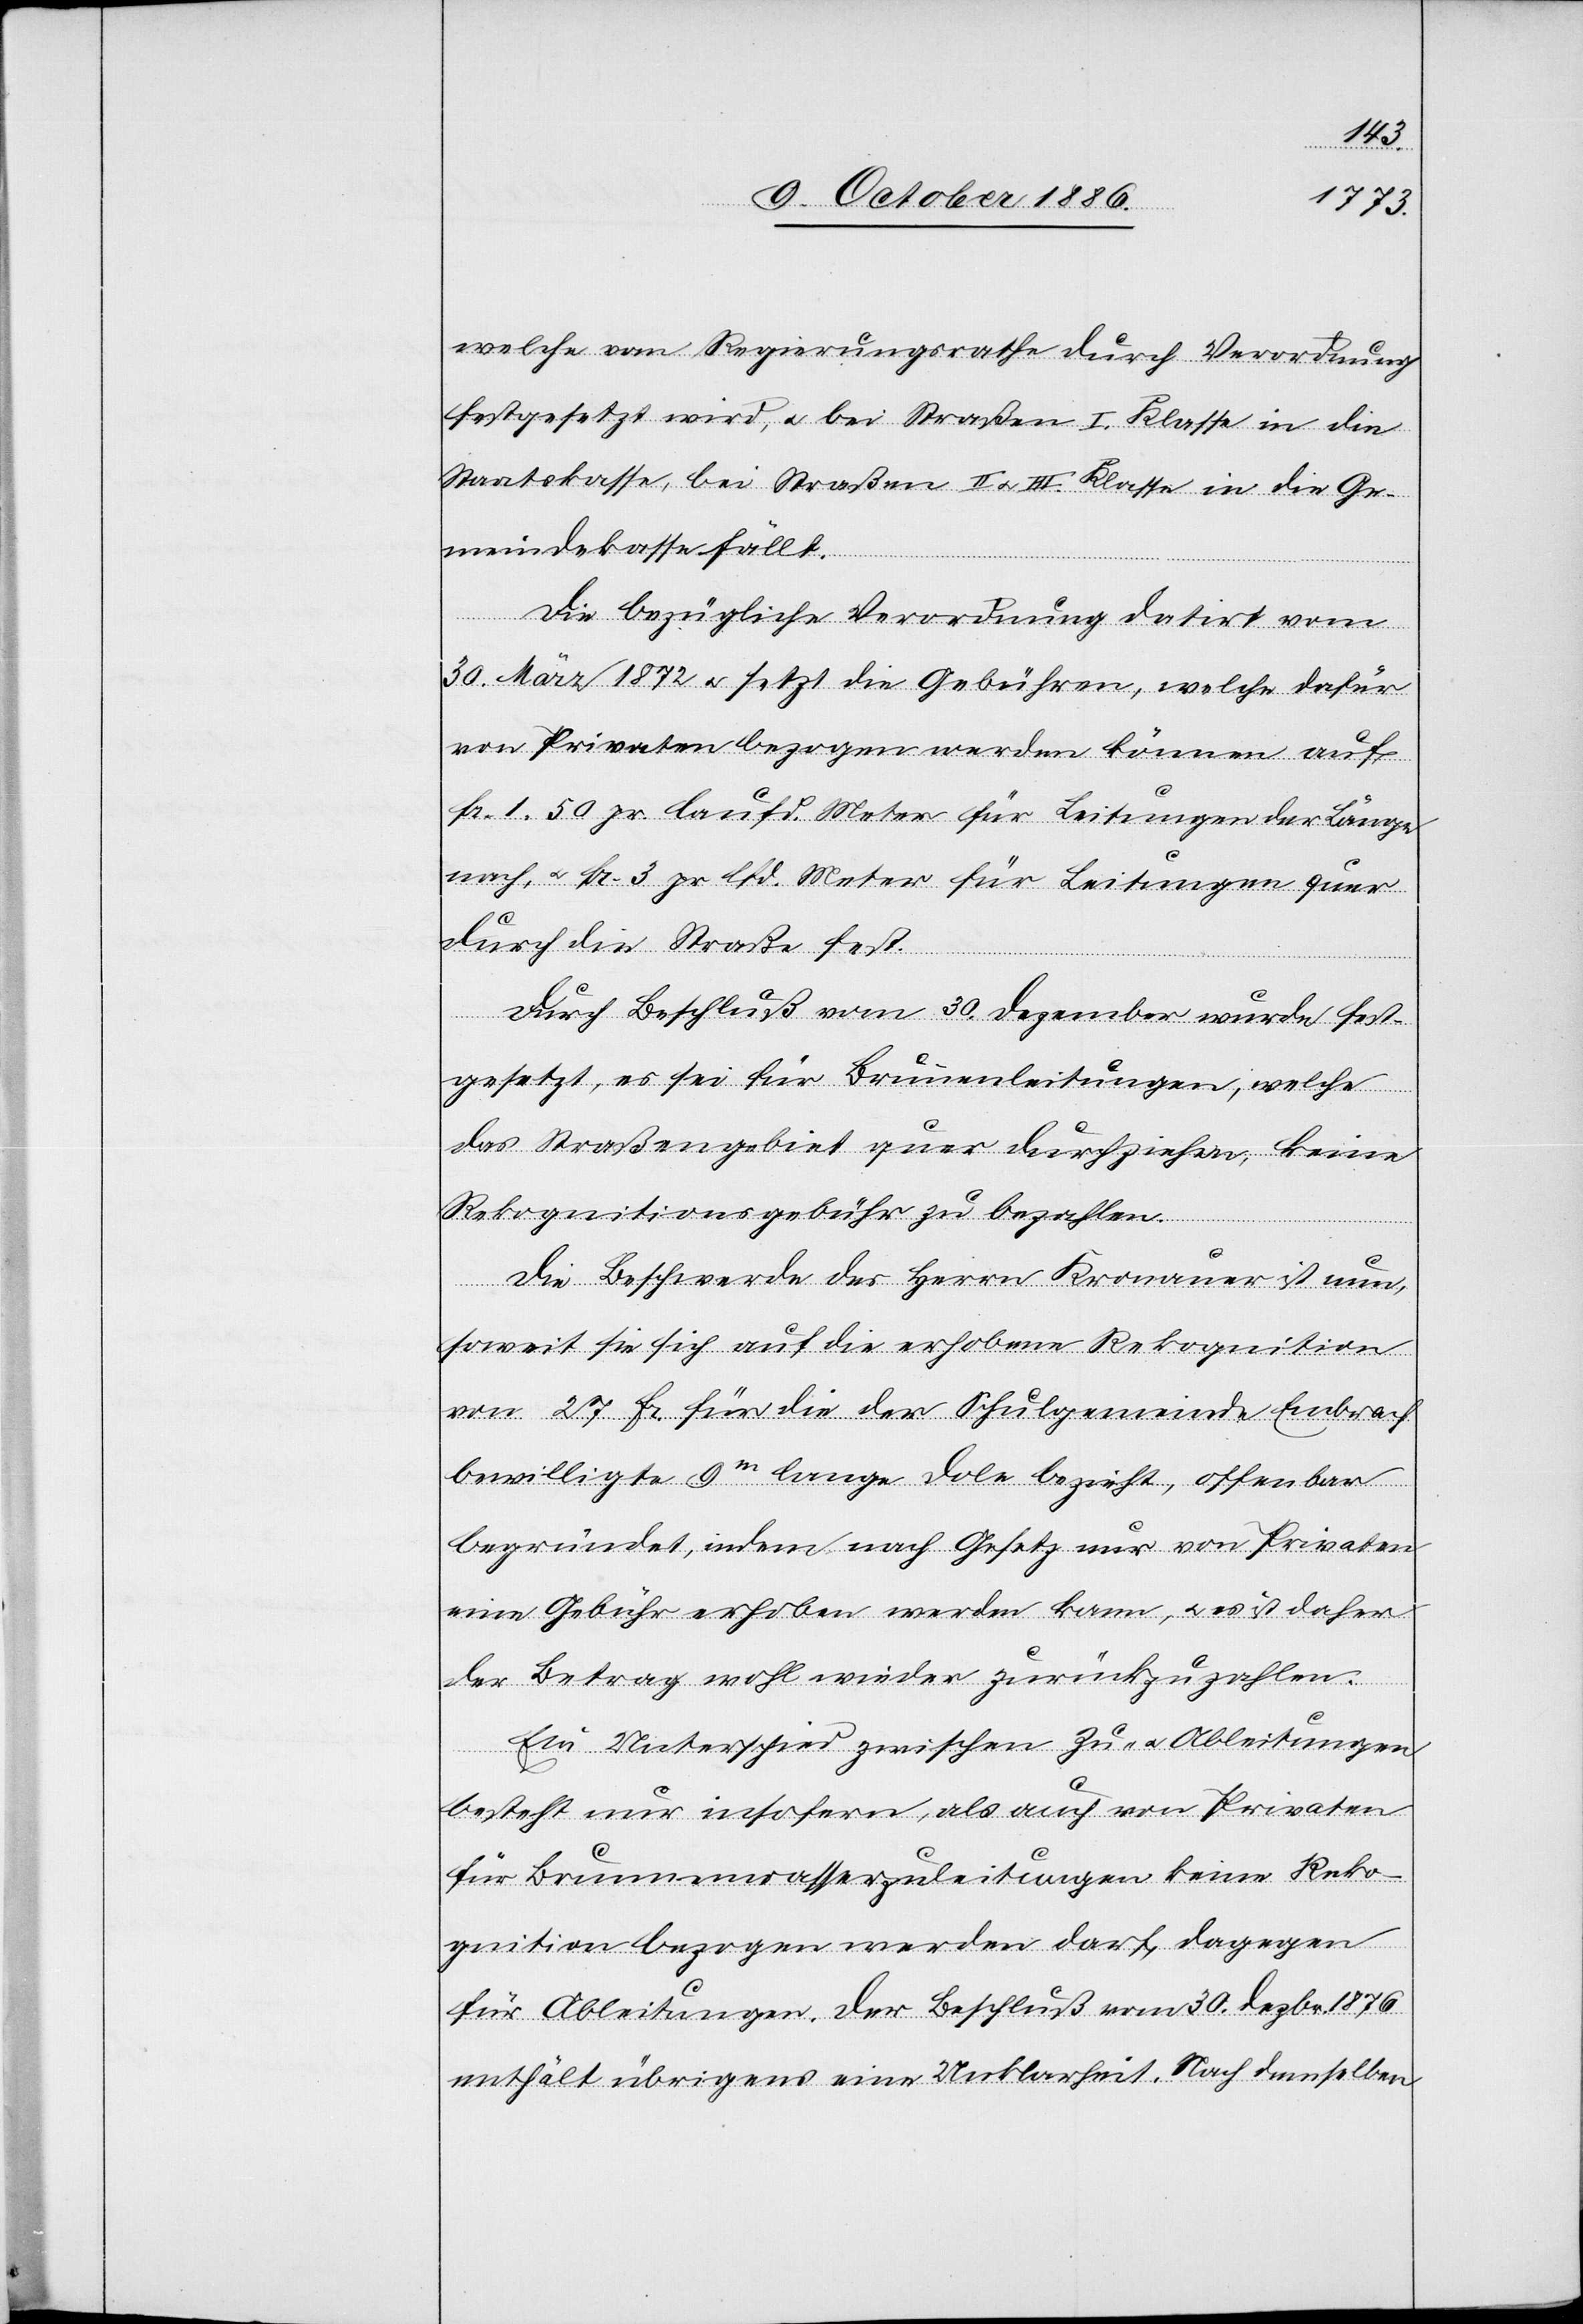
welche vom Regierungsrathe durch Verordnung
festgesetzt wird, & bei Straßen I. Klasse in die
Staatskasse, bei Straßen II & III. Klasse in die Ge¬
meindekasse fällt.
Die bezügliche Verordnung datirt vom
30. März 1872 & setzt die Gebühren, welche dafür
von Privaten bezogen werden können auf
Fr. 1.50 pr. laufd. Meter für Leitungen der Länge
nach, & Fr. 3 pr. lfd. Meter für Leitungen quer
durch die Straße fest.
Durch Beschluß vom 30. Dezember wurde fest¬
gesetzt, es sei für Brunnenleitungen, welche
das Straßengebiet quer durchziehen, keine
Rekognitionsgebühr zu bezahlen.
Die Beschwerde des Herrn Kronauer ist nun,
soweit sie sich auf die erhobene Rekognition
von 27 Fr. für die der Schulgemeinde Embrach
bewilligte 9m lange Dole bezieht, offenbar
begründet, indem nach Gesetz nur von Privaten
eine Gebühr erhoben werden kann, & es ist daher
der Betrag wohl wieder zurückzuzahlen.
Ein Unterschied zwischen Zu- & Ableitungen
besteht nur insofern, als auch von Privaten
für Brunnenwasserzuleitungen keine Reko¬
gnition bezogen werden darf, dagegen
für Ableitungen. Der Beschluß vom 30. Dezbr. 1876
enthält übrigens eine Unklarheit. Nach demselben